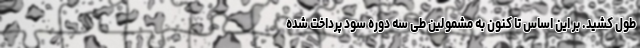
طول کشید. بر این اساس تا کنون به مشمولین طی سه دوره سود پرداخت شده